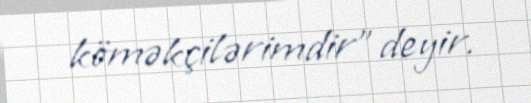
köməkçilərimdir” deyir.